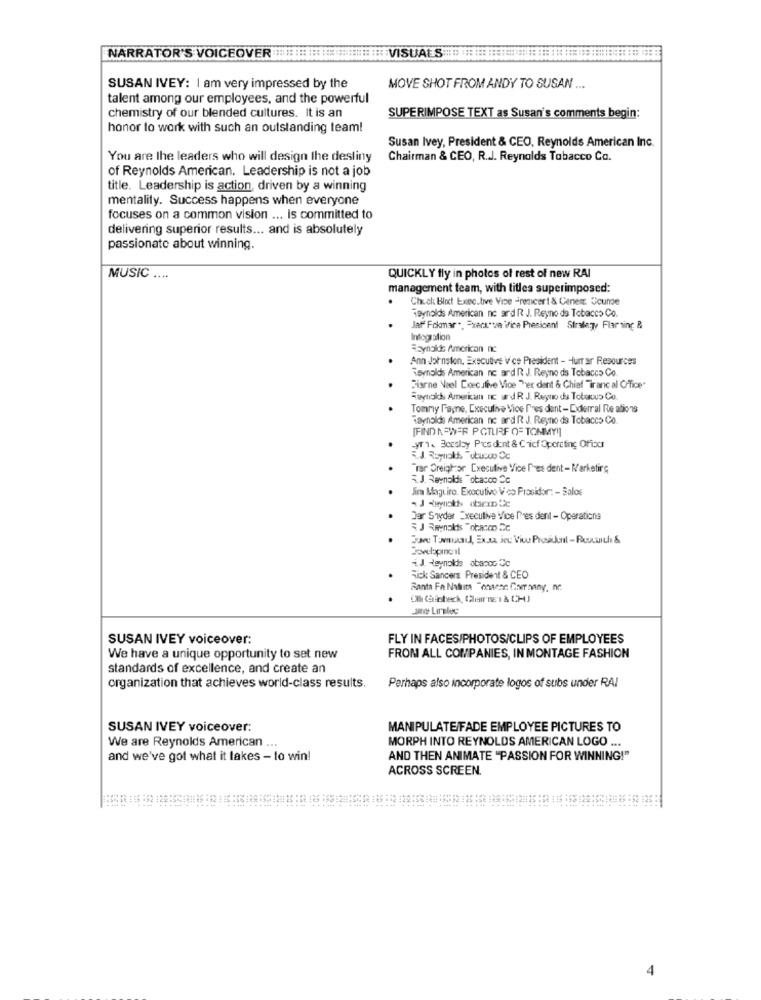
NARRATOR'S VOICEOVER ::::::::========== VISUALS ===============: ///// :::: //////// :::: :: ::
SUSAN IVEY: I am very impressed by the
MOVE SHOT FROM ANDY TO SUSAN ...
talent among our employees, and the powerful
chemistry of our blended cultures. It is an
SUPERIMPOSE TEXT as Susan's comments begin:
honor to work with such an outstanding team!
Susan Ivey, President & CEO, Reynolds American Inc.
You are the leaders who will design the destiny
Chairman & CEO, R.J. Reynolds Tabacco Co.
of Reynolds American. Leadership is not a job
title. Leadership is action, driven by a winning
mentality. Success happens when everyone
focuses on a common vision ... is committed to
delivering superior results ... and is absolutely
passionate about winning.
MUSIC ....
QUICKLY fly in photos of rest of new RAI
management team, with titles superimposed:
Chuck Blot Executive Vice -resicert & Caner Coume
Reynolds American nc ard R J. Reyno ds Tobacco Co.
laff Fokmar ., = verssua ifice Presicent Strategy Flar sing &
Intogration
Eynolds American nc
Ann Johnston, Executive Vice President - Hurrar Resources
Reynolds American nc ard R J. Reyno ds Tobacco Co
Barne Veel Doec.ilive Vice Per dent & Chief "iranc al Office
Suynolds American nc und R J. Regno ds Tobewus Co
Tommy Payne, Executive Vice Pres dent- Diderral Re ations
Taynolds American nc ard R J. Reyno da Tobacco Co.
[FIND NEWER PCTURF OF TOMMY!]
-yr1. Bocslay Pics dent & Chief Operating Oficer
Tar Creighor Executive Vice Pres dent - Marketing
R.J. Reynolds Tobacco Cc
Jim Maguire. Executivo V co Frasidor: - Salos
.
.
Dar Snyder Executive Vice Pres dent - Operations
.
i.J. Reynolds abanoo Cc
Rick Sancers President & CEO
Santa Fe Nahuita "onsene Coversany, nc.
. .
Ull Glsbeck, (erne1 & CH)
380 Liralee
SUSAN IVEY voiceover:
FLY IN FACES/PHOTOS/CLIPS OF EMPLOYEES
We have a unique opportunity to set new
FROM ALL COMPANIES, IN MONTAGE FASHION
standards of excellence, and create an
organization that achieves world-class results.
Perhaps also incorporate logos of subs under RAI
SUSAN IVEY voiceover:
MANIPULATE/FADE EMPLOYEE PICTURES TO
MORPH INTO REYNOLDS AMERICAN LOGO
We are Reynolds American ...
and we've got what it takes - to win!
AND THEN ANIMATE "PASSION FOR WINNING!"
ACROSS SCREEN.
4